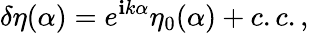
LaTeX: \delta\eta(\alpha)=e^{\mathbf{i}k\alpha}\eta_{0}(\alpha)+c.c.,